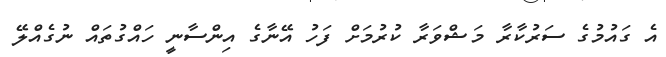
އެ ގައުމުގެ ސަރުކާރާ މަޝްވަރާ ކުރުމަށް ފަހު އޭނާގެ އިންސާނީ ހައްގުތައް ނުގެއްލޭ